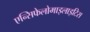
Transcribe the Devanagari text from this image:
एन्सिफेलोमाइलाइटिस